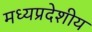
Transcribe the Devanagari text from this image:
मध्यप्रदेशीय